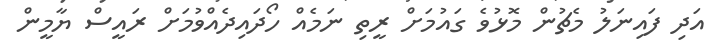
އަދި ފައިނަލު މެޗުން މޮޅުވެ ގައުމަށް ރީތި ނަމެއް ހޯދައިދެއްވުމަށް ރައީސް ޔާމީން